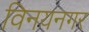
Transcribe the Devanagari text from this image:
विनयनगर